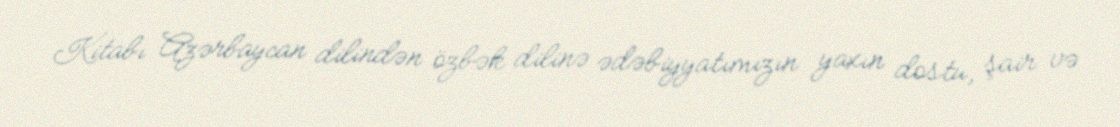
Kitabı Azərbaycan dilindən özbək dilinə ədəbiyyatımızın yaxın dostu, şair və